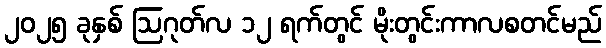
၂၀၂၅ ခုနှစ် ဩဂုတ်လ ၁၂ ရက်တွင် မိုးတွင်းကာလစတင်မည်